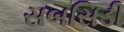
સબસિડી